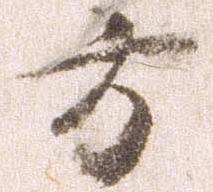
方